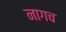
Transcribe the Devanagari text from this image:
नागच